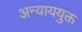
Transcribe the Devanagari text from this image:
अन्याययुक्त